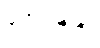
အေးမြဖြူ